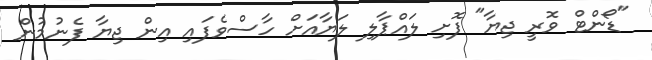
"ޑޯންޓް ވޮރީ ޖިޔާ" ފޮށި ލައްޕާލި ލަޔާއަށް ހާސްވެފައި އިން ޖިޔާ ފެނުމުން